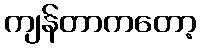
ကျန်တာကတော့